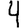
Digit: 4